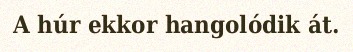
A húr ekkor hangolódik át.